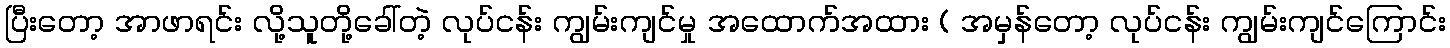
ပြီးတော့ အာဖာရင်း လို့သူတို့ခေါ်တဲ့ လုပ်ငန်း ကျွမ်းကျင်မှု အထောက်အထား ( အမှန်တော့ လုပ်ငန်း ကျွမ်းကျင်ကြောင်း